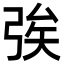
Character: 𢏦